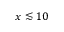
x \lesssim 1 0